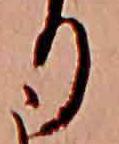
り